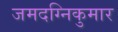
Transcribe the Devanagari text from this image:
जमदग्निकुमार